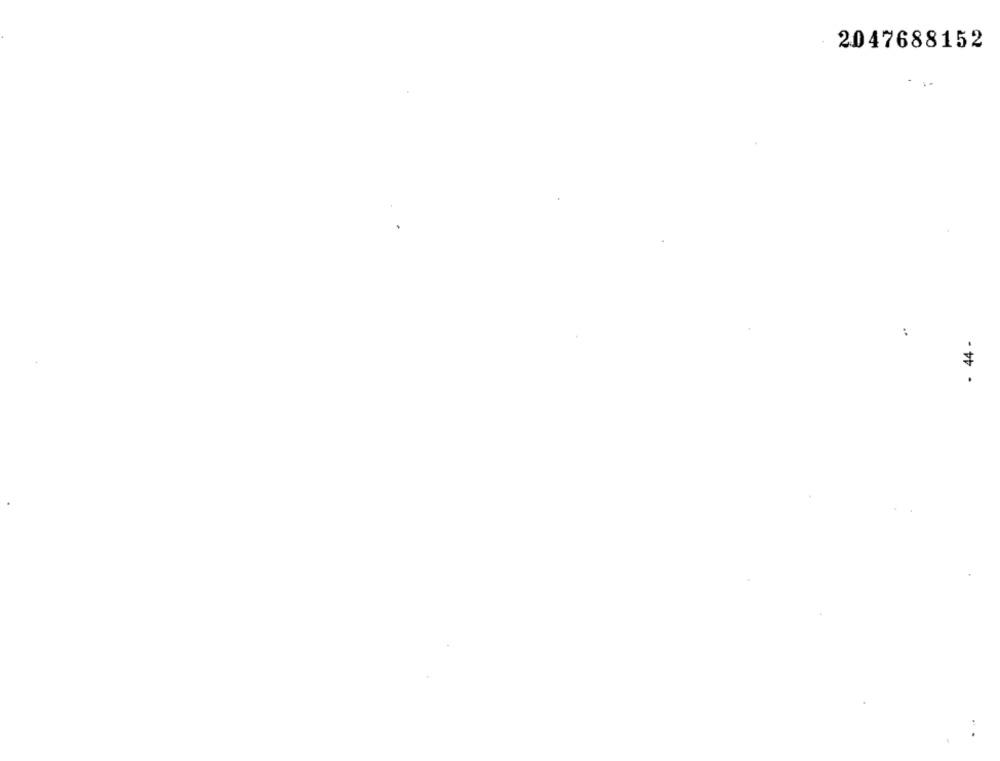
2047688152
:
- 44 -